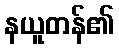
နယူတန်၏